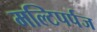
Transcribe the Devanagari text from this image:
मल्टिपर्पज